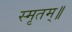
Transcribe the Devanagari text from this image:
स्मृतम्॥